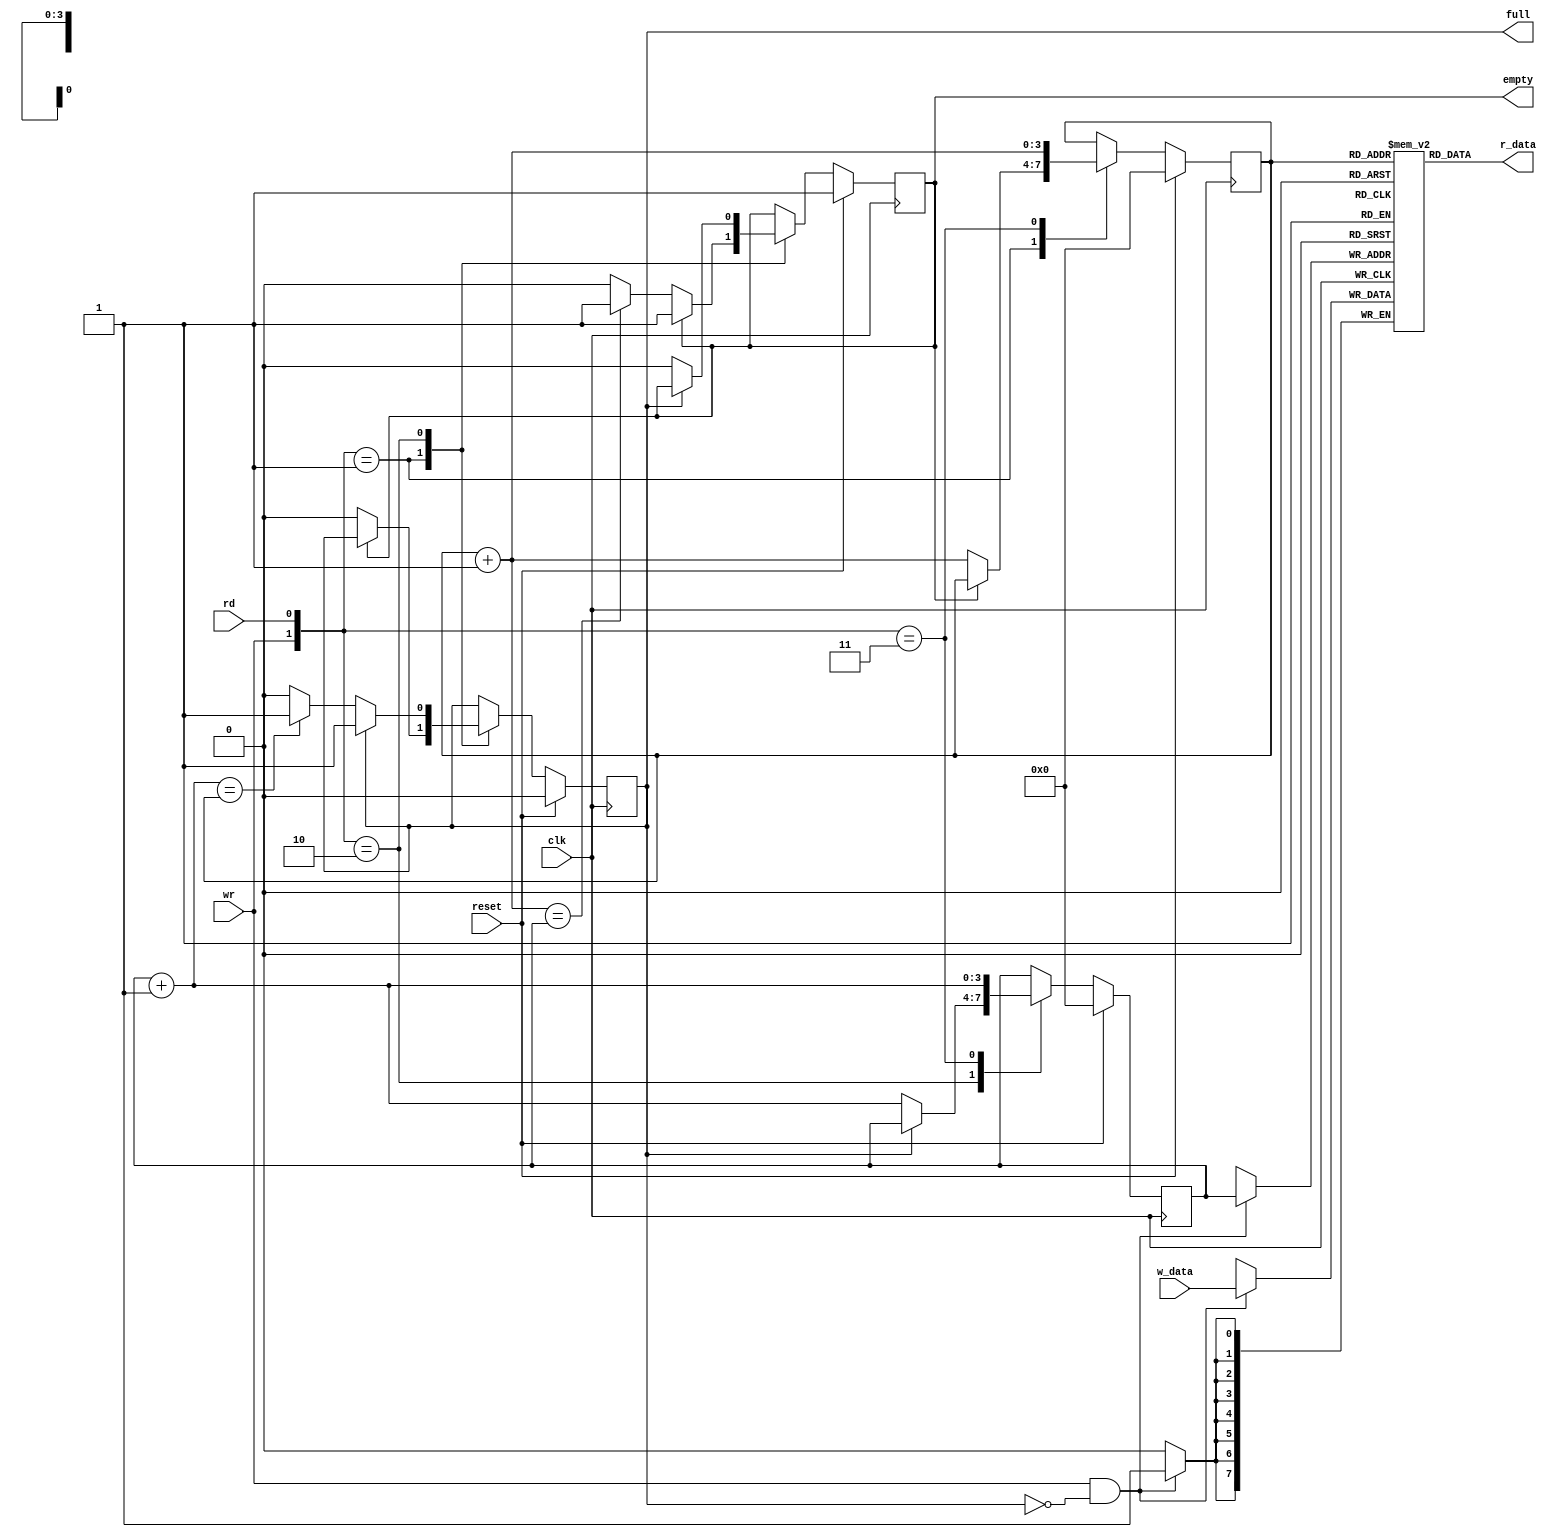
module fifo_51
	#(
	parameter B=8,
	W=4
	)
(
input wire clk, reset,
input wire rd, wr,
input wire [B-1:0] w_data,
output wire empty, full,
output wire [B-1:0] r_data
);
reg [B-1:0] array_reg [2**W-1:0]; 
reg [W-1:0] w_ptr_reg, w_ptr_next, w_ptr_succ;
reg [W-1:0] r_ptr_reg, r_ptr_next, r_ptr_succ;
reg full_reg, empty_reg, full_next, empty_next;
wire wr_en;
always @(posedge clk)
	if (wr_en)
		array_reg [w_ptr_reg] <= w_data;
assign r_data = array_reg[r_ptr_reg];
assign wr_en = wr & ~full_reg;
always @(posedge clk)
if (reset)
	begin
	w_ptr_reg <= 0;
	r_ptr_reg <= 0;
	full_reg <= 1'b0;
	empty_reg <= 1'b1;
	end
else
	begin
	w_ptr_reg <= w_ptr_next;
	r_ptr_reg <= r_ptr_next;
	full_reg <= full_next;
	empty_reg <= empty_next;
	end
always @*
	begin
	w_ptr_succ = w_ptr_reg + 1;
	r_ptr_succ = r_ptr_reg + 1;
	w_ptr_next = w_ptr_reg;
	r_ptr_next = r_ptr_reg;
	full_next = full_reg;
	empty_next = empty_reg;
	case ({wr, rd})
		2'b01: 
		if (~empty_reg) 
			begin
			r_ptr_next = r_ptr_succ;
			full_next = 1'b0;
			if (r_ptr_succ==w_ptr_reg)
				empty_next = 1'b1;
			end
		2'b10: 
		if (~full_reg) 
			begin
			w_ptr_next = w_ptr_succ ;
			empty_next = 1'b0;
			if (w_ptr_succ==r_ptr_reg)
				full_next = 1'b1;
			end
		2'b11: 
			begin
			w_ptr_next = w_ptr_succ;
			r_ptr_next = r_ptr_succ;
			end
	endcase
end
assign full = full_reg;
assign empty = empty_reg;
endmodule